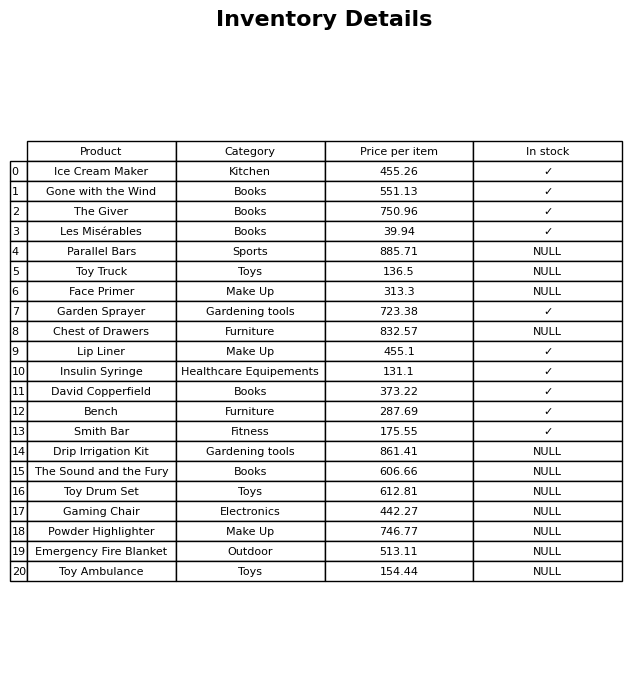
question: What is the price of the Face Primer?
answer: The price of Face Primer is 313.3.